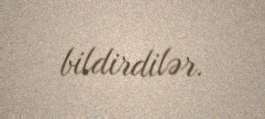
bildirdilər.